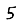
Digit: 5